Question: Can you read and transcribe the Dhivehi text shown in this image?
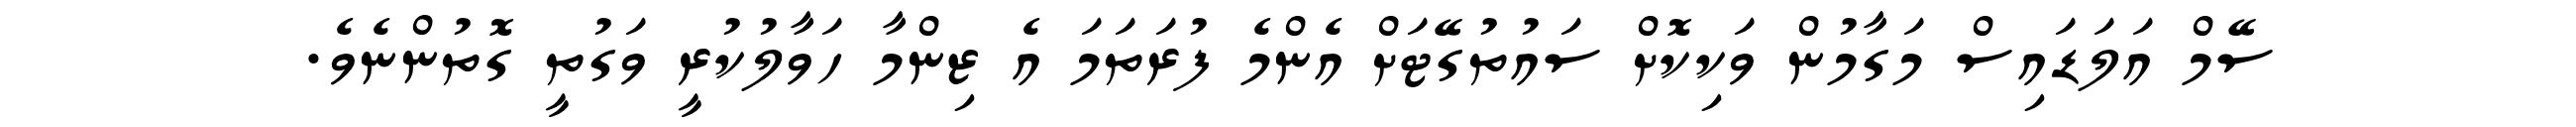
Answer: ސޭމް އަލަޑައިސް މަގާމުން ވަކިކޮށް ސައުތުގޭޓަށް އެންމެ ފުރަތަމަ އެ ޒިންމާ ހަވާލުކުރީ ވަގުތީ ގޮތުންނެވެ.